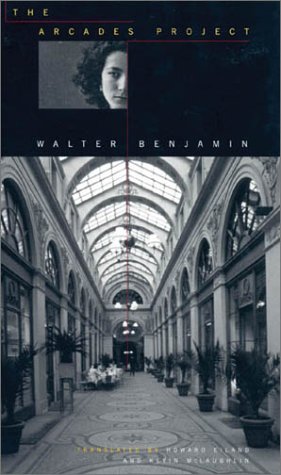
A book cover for The Arcades Project; Walter Benjamin; Literature & Fiction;